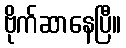
ဗိုက်ဆာနေပြီ။